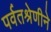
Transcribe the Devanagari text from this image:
पर्वतश्रेणीने